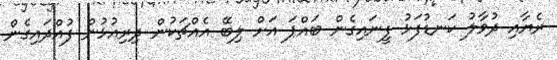
ރެޔާއި ދުވާލު ކަނޑުފަޅު ފީނައިގެން ބައްޕަ އަށް ލިބޭ އެއްޗަކުން ދިރިއުޅުން ފުއްދައިގެން